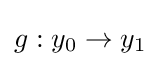
g:y_{0}\to y_{1}